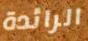
الرائدة